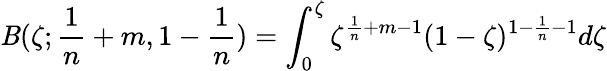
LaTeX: \mathit{B}(\zeta;\frac{{1}}{{n}}+m,1-\frac{{1}}{{n}})=\int_{0}^{\zeta}\zeta^{\frac{{1}}{{n}}+m-1}(1-\zeta)^{1-\frac{{1}}{{n}}-1}d\zeta